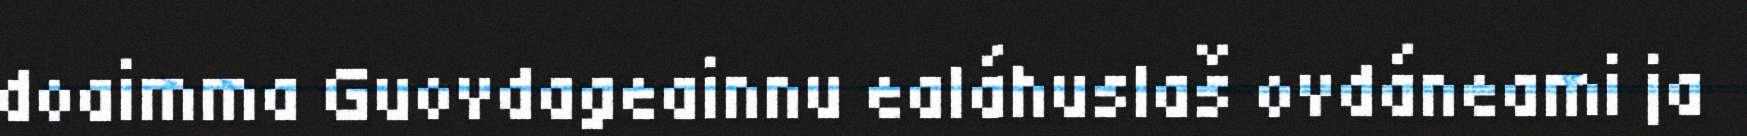
doaimma Guovdageainnu ealáhuslaš ovdáneami ja